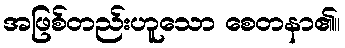
အဖြစ်တည်းဟူသော စေတနာ၏။